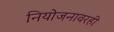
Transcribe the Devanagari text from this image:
नियोजनावरही